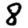
Digit: 8